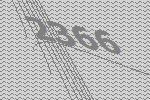
2366